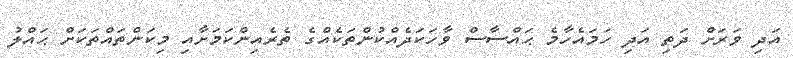
އަދި ވަރަށް ދަތި އަދި ހަމައެހާމެ ޙައްސާސް ވާހަކަދެއްކުންތަކެއްގެ ތެރެއިންކަމަށާއި މިކަންތައްތަކަށް ޙައްލު